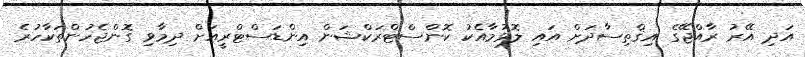
އަދި އޭރު ރާއްޖޭގެ އިޤްތިސާދަށް އައި ލޮޅުމާއެކު ކޮންސްޓްރަކްޝަން އިންޑަސްޓްރީއަށް ދިމާވި ގޮންޖެހުންތަކާހުރެ